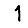
Digit: 1